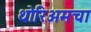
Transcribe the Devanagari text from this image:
थोरिअमचा